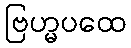
ဗြဟ္မပထေ